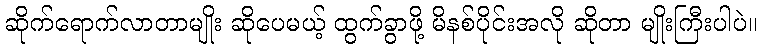
ဆိုက်ရောက်လာတာမျိုး ဆိုပေမယ့် ထွက်ခွာဖို့ မိနစ်ပိုင်းအလို ဆိုတာ မျိုးကြီးပါပဲ။